Lunatic asylums Central Provinces reports 1895-1909 - 1895-1909
Year: 1895
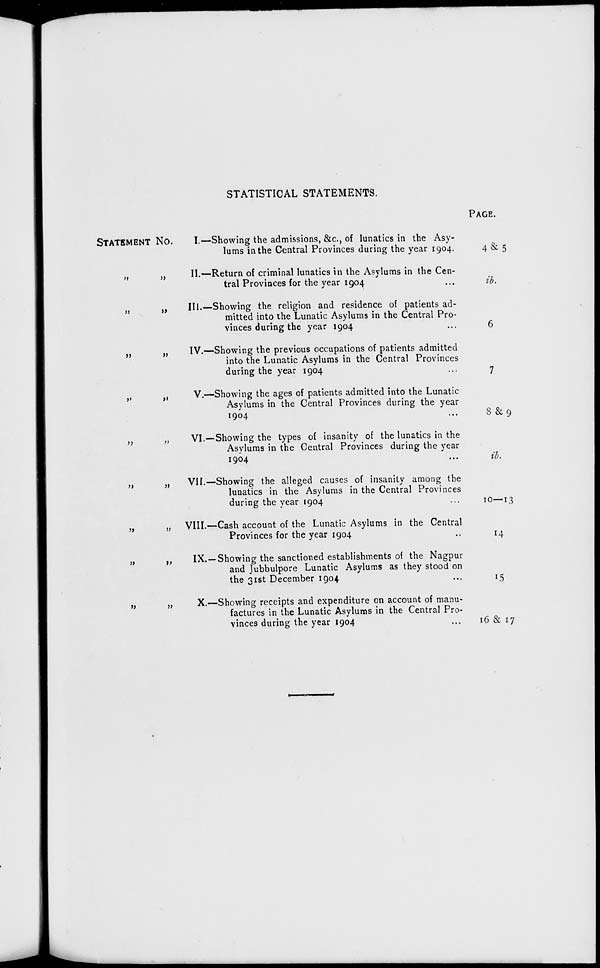
STATISTICAL STATEMENTS.
STATEMENT No.
„
„
„
„
„
„
„
„
„
„
„
„
„
„
„
„
„
„
I.—Showing the admissions, &c, of lunatics in the Asy-
lums in the Central Provinces during the year 1904.
II.—Return of criminal lunatics in the Asylums in the Cen-
tral Provinces for the year 1904 ...
III.—Showing the religion and residence of patients ad-
mitted into the Lunatic Asylums in the Central Pro-
vinces during the year 1904 ...
IV.—Showing the previous occupations of patients admitted
into the Lunatic Asylums in the Central Provinces
during the year 1904 ...
V.—Showing the ages of patients admitted into the Lunatic
Asylums in the Central Provinces during the year
1904 ...
VI.—Showing the types of insanity of the lunatics in the
Asylums in the Central Provinces during the year
1904 ...
VII.—Showing the alleged causes of insanity among the
lunatics in the Asylums in the Central Provinces
during the year 1904 ...
VIII.—Cash account of the Lunatic Asylums in the Central
Provinces for the year 1904 ...
IX.—Showing the sanctioned establishments of the Nagpur
and Jubbulpore Lunatic Asylums as they stood on
the 31st December 1904 ...
X.—Showing receipts and expenditure on account of manu-
factures in the Lunatic Asylums in the Central Pro-
vinces during the year 1904 ...
PAGE.
4 & 5
ib.
6
7
8 & 9
ib.
10—13
14
15
16 & 17